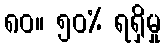
၈၀။ ၅၀% ရရှိမှု